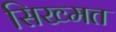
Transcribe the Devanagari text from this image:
सिख्मत